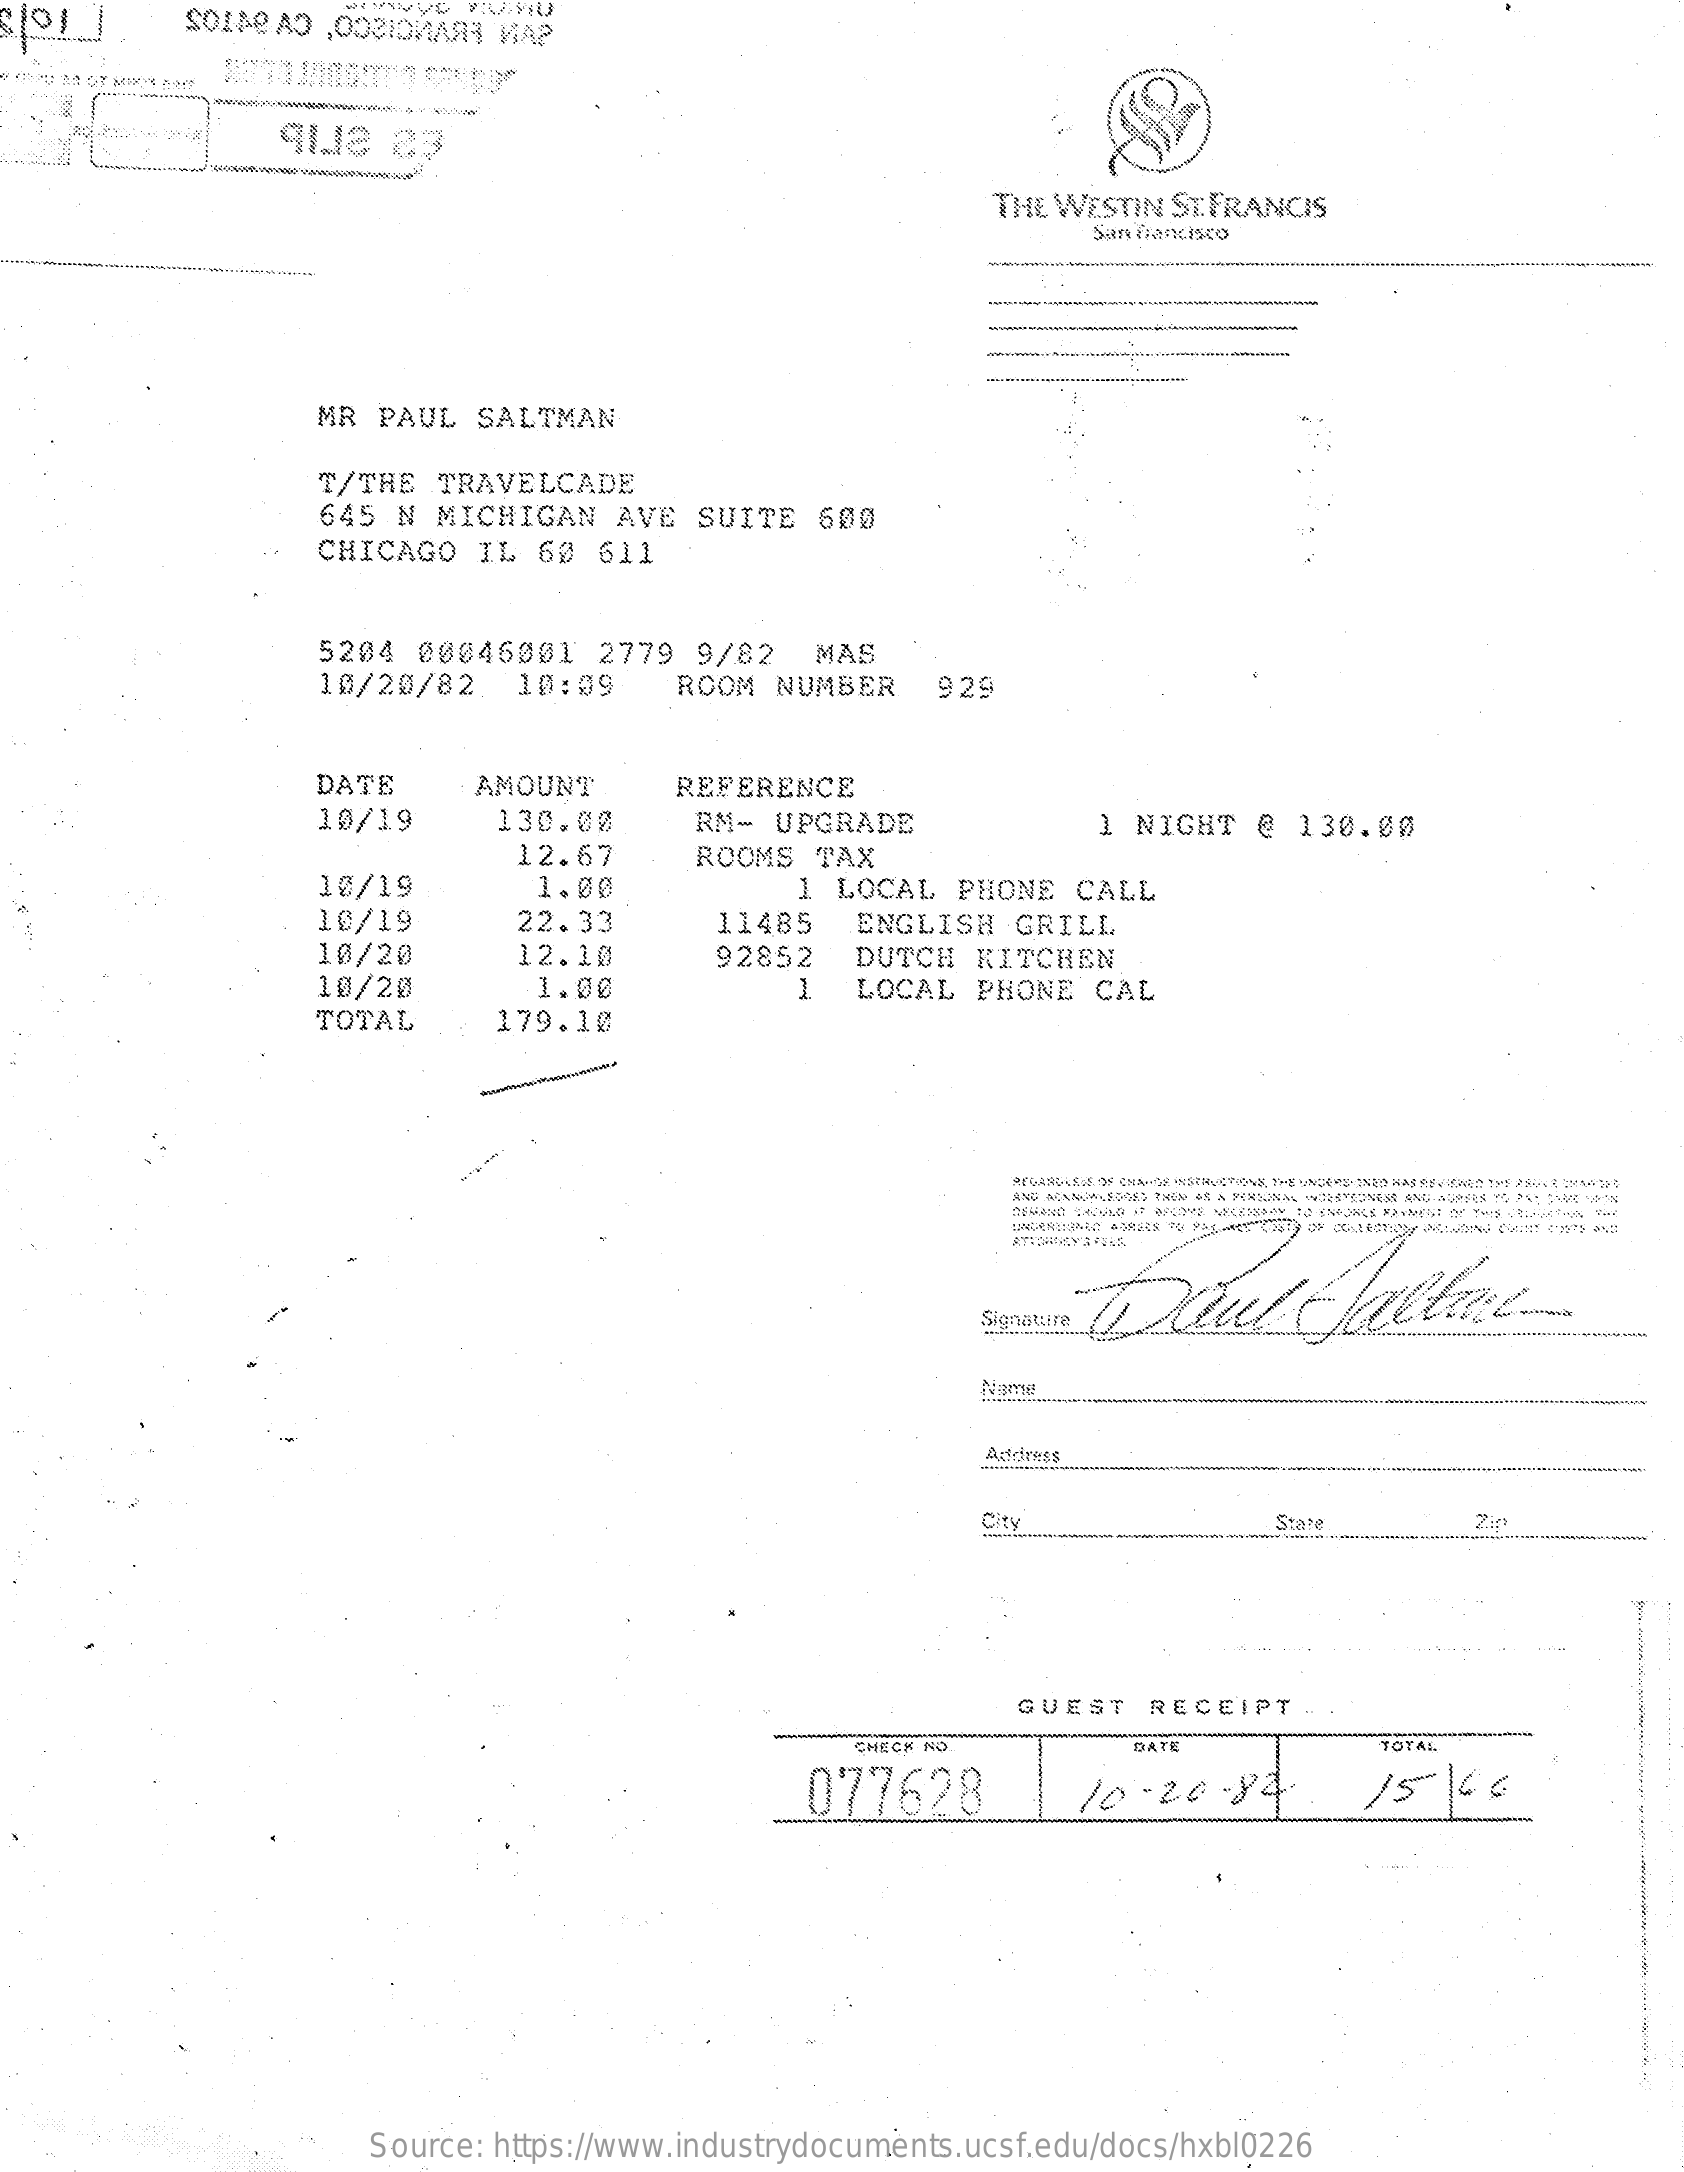
SOIA AO ,ODEIOWASHI WIAP
     3-8.
     qIJ2   23
     THE WESTIN ST.FRANCIS
     San francisco
     MR  PAUL  SALTMAN
     T/THE   TRAVELCADE
     645  N MICHIGAN    AVE  SUITE  600
     CHICAGO   IL  60  611
     5204  00046001    2779  9/82   MAS
     10/20/82.   10:09    ROOM  NUMBER    929
     DATE    AMOUNT    REFERENCE
     10/19    130.00    RM-  UPGRADE
     12.67
     1 NIGHT   @ 130.00
     10/19    1.00
     ROOMS  TAX
     1. LOCAL  PHONE  CALL
     10/19    22.33    11485    ENGLISH   GRILL
     10/20    12.10    92852    DUTCH  KITCHEN
     10/20    1.00    LOCAL  PHONE   CAL
     TOTAL    179.10
     ---
     .
     Signature
     Stare    Zir
     GUEST   RECEIPT
     CHECK NO.
     077628
     DATE    TOTAL
     10  -26-84.    15    46
     Source: https://www.industrydocuments.ucsf.edu/docs/hxbl0226